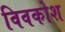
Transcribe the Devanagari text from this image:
विवकोश